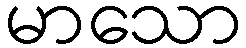
မာသော